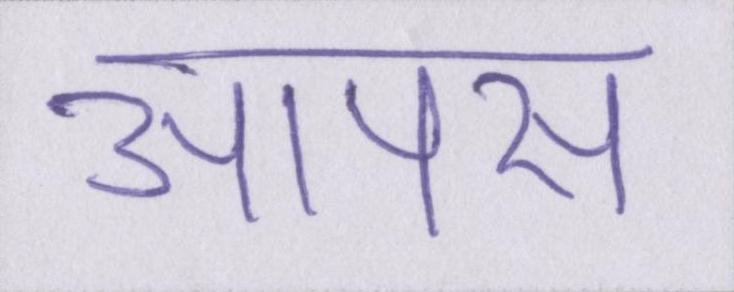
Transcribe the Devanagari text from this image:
आपस